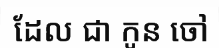
ដែល ជា កូន ចៅ